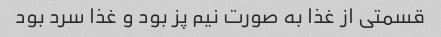
قسمتی از غذا به صورت نیم پز بود و غذا سرد بود